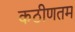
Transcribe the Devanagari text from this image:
कठीणतम